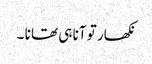
نکھار تو آنا ہی تھا نا ۔